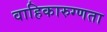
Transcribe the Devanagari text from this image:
वाहिकारुग्णता